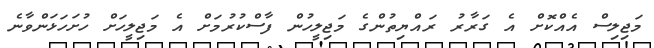
މަޖިލިސް އެއްކޮށް އެ ގަރާރު ރައްޔިތުންގެ މަޖިލީހުން ފާސްކުރުމަށް އެ މަޖިލީހަށް ހުށަހަޅަންވާނެ